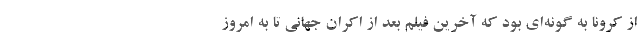
از کرونا به گونه‌ای بود که آخرین فیلم بعد از اکران جهانی تا به امروز